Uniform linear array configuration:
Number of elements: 32
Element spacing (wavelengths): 0.25
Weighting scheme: cosine
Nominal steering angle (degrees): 45
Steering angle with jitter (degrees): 43.158
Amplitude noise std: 0.05
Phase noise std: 0.05

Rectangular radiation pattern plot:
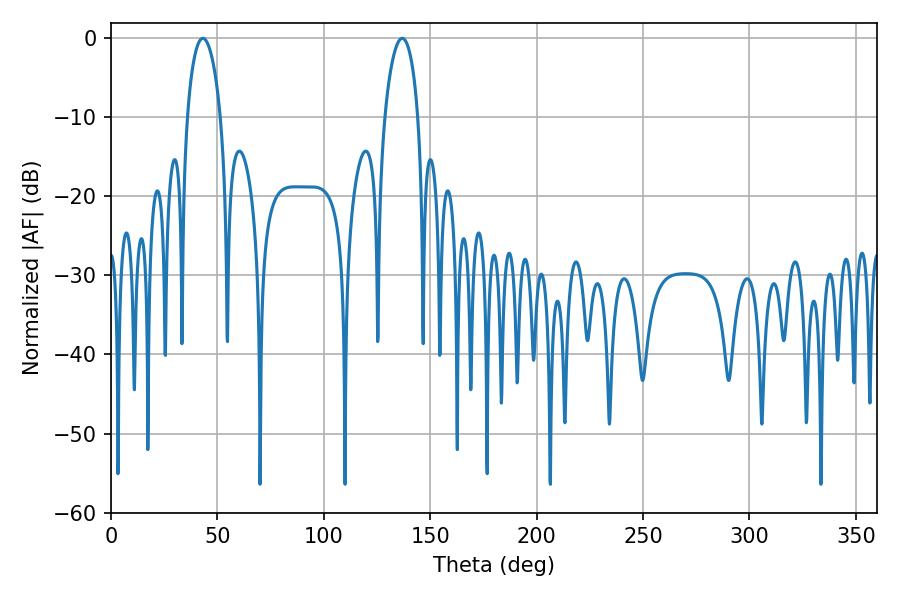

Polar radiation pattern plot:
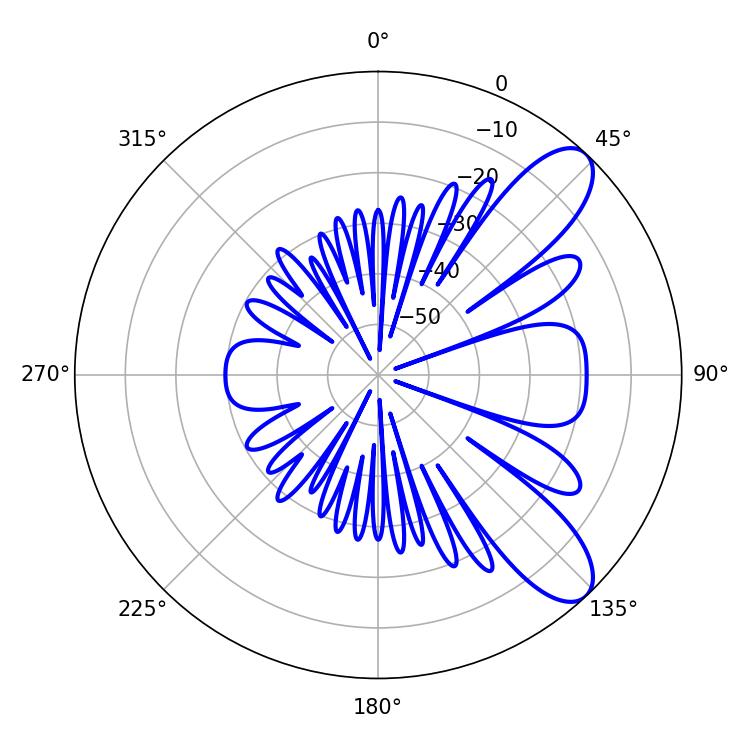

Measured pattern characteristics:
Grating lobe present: FALSE
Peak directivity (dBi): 9.204
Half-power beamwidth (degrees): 8.82
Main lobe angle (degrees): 43.2